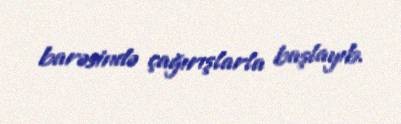
barəsində çağırışlarla başlayıb.